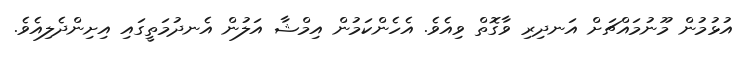
އުޅުމުން މޫނުމައްޗަށް އަނދިރި ވާގޮތް ވިއެވެ. އެހެންކަމުން އިމްޝާ އަލުން އެނދުމަތީގައި އިށިންދެލިއެވެ.